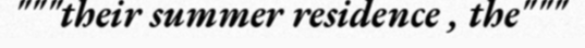
"""their summer residence , the"""